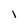
Character: 1